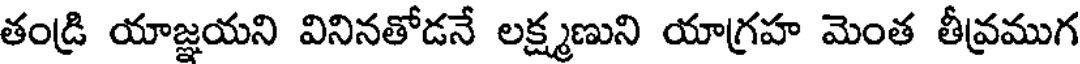
తండ్రి యాజ్ఞయని వినినతోడనే లక్ష్మణుని యాగ్రహ మెంత తీవ్రముగ